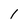
Character: I